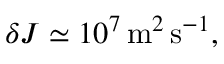
\delta J \simeq 1 0 ^ { 7 } \, \mathrm { m } ^ { 2 } \, \mathrm { s } ^ { - 1 } ,